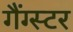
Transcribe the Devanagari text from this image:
गैंग्‍स्‍टर